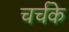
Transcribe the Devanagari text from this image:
चर्चके